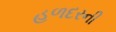
હળદરની